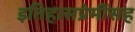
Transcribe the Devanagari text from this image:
इतिहासप्रेमींसह